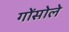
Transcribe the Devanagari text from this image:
गोंसोले